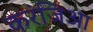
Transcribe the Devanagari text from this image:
करंजिआ